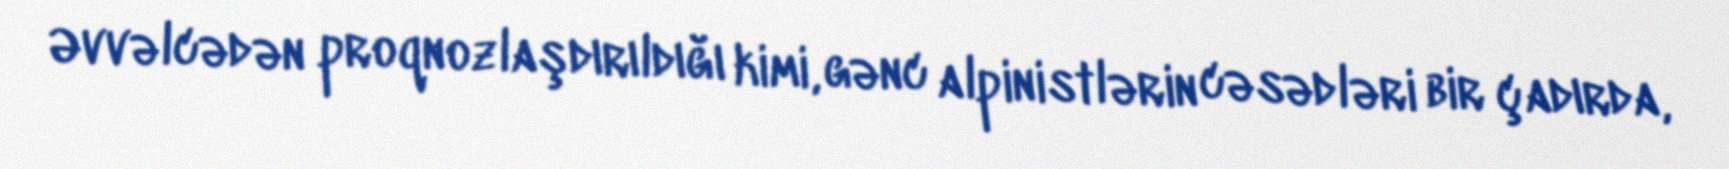
Əvvəlcədən proqnozlaşdırıldığı kimi, gənc alpinistlərin cəsədləri bir çadırda,